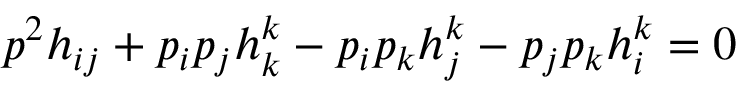
p ^ { 2 } h _ { i j } + p _ { i } p _ { j } h _ { k } ^ { k } - p _ { i } p _ { k } h _ { j } ^ { k } - p _ { j } p _ { k } h _ { i } ^ { k } = 0